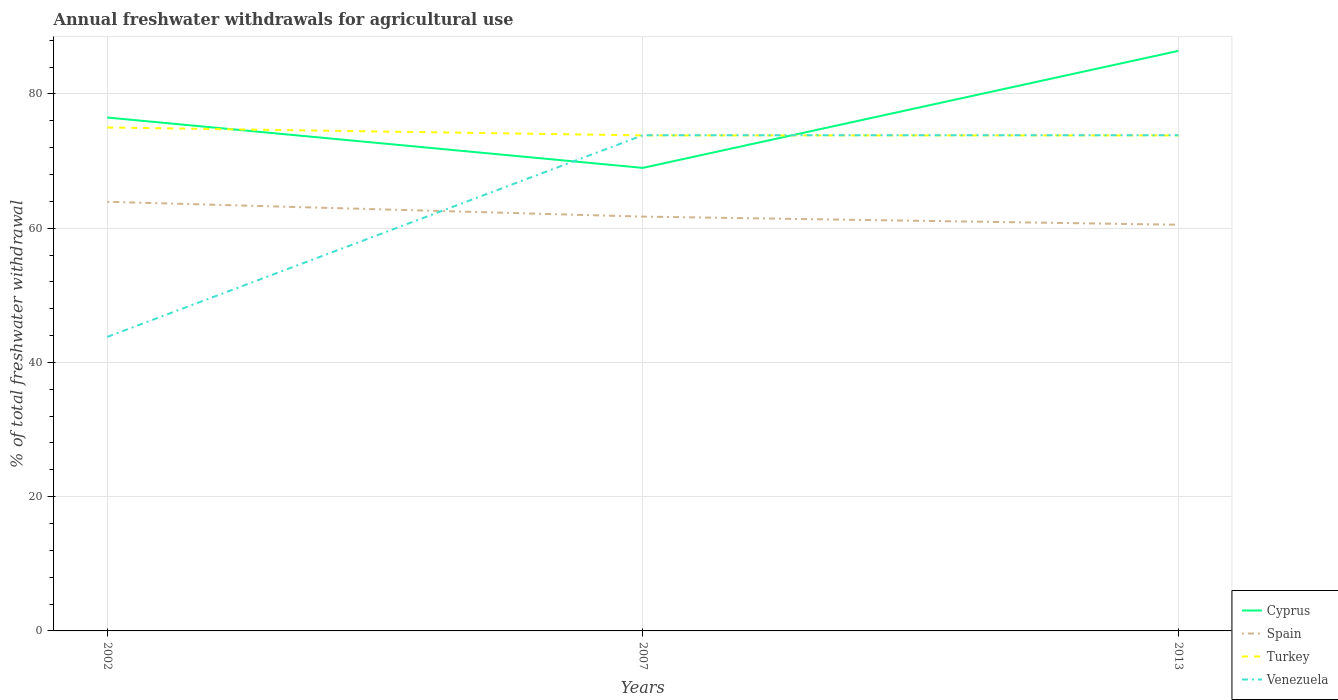
| Years | Cyprus | Spain | Turkey | Venezuela |
 | --- | --- | --- | --- | --- |
 | 2002 | 76.5 | 63.9 | 75 | 43.8 |
 | 2007 | 69 | 61.7 | 73.8 | 73.8 |
 | 2013 | 86.4 | 60.5 | 73.8 | 73.8 |